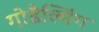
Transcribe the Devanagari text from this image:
गोडैल्मिंग